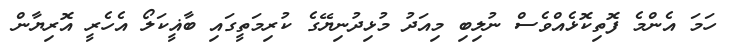
ހަމަ އެންމެ ފޮތިކޮޅެއްވެސް ނުލިބި މިއަދު މުޅިދުނިޔޭގެ ކުރިމަތީގައި ބާޣީކަލޯ އެހެރީ އޮރިޔާން